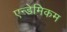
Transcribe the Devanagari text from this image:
एन्डेमिकम